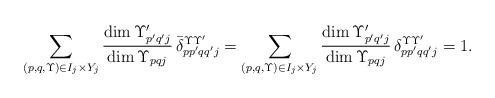
LaTeX: \begin{align*}\sum_{(p,q,\Upsilon) \in I_j \times Y_j} \frac{\dim \Upsilon'_{p'q'j}}{\dim \Upsilon_{pqj}} \, \Bar{\delta}_{pp'qq'j}^{\Upsilon\Upsilon'}= \sum_{(p,q,\Upsilon) \in I_j \times Y_j} \frac{\dim \Upsilon'_{p'q'j}}{\dim \Upsilon_{pqj}} \, \delta_{pp'qq'j}^{\Upsilon\Upsilon'} = 1.\end{align*}